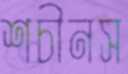
শচীনস